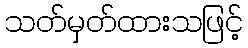
သတ်မှတ်ထားသဖြင့်